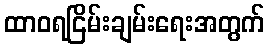
ထာဝရငြိမ်းချမ်းရေးအတွက်